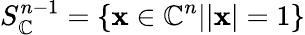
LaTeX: S_{\mathbb{C}}^{n-1}=\{ {\mathbf x}\in\mathbb{C}^{n}||{\mathbf x}|=1\}